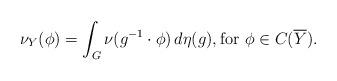
LaTeX: \begin{align*}\nu_Y(\phi) = \int_G \nu(g^{-1} \cdot \phi) \, d\eta(g), \textrm{for $\phi \in C(\overline{Y})$}.\end{align*}